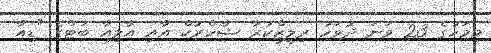
މިމަހުގެ 23 ވަނަ ދުވަހު ރިލީޒްކުރާ ޝާހްރުކް އާއި އާލިއާ ބަޓްގެ "ޑިއާ